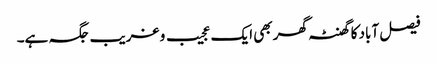
فیصل آباد کا گھنٹہ گھر بھی ایک عجیب و غریب جگہ ہے۔